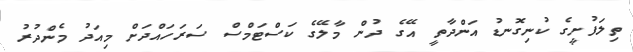
ތިލަފުށީގެ ކުނިގޮނޑު އަންދާތީ އޭގެ ދުން މާލޭގެ ކަސްޓަމްސް ސަރަހައްދަށް މިއަދު މެންދުރު